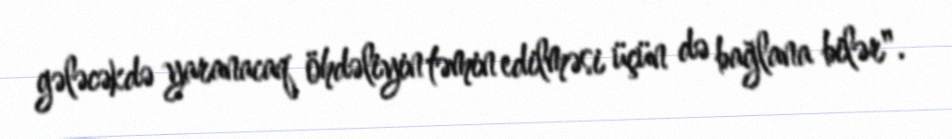
gələcəkdə yaranacaq öhdəliyin təmin edilməsi üçün də bağlana bilər".